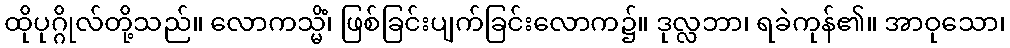
ထိုပုဂ္ဂိုလ်တို့သည်။ လောကသ္မိံ၊ ဖြစ်ခြင်းပျက်ခြင်းလောက၌။ ဒုလ္လဘာ၊ ရခဲကုန်၏။ အာဝုသော၊